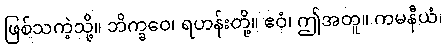
ဖြစ်သကဲ့သို့။ ဘိက္ခဝေ၊ ရဟန်းတို့။ ဧဝံ၊ ဤအတူ။ ကမနီယံ၊